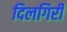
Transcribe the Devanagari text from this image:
दिलगिरी